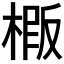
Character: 𭫍